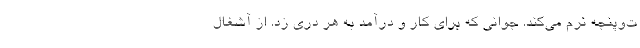
ت‌وپنجه نرم می‌کند. جوانی که برای کار و درآمد به هر دری زد. از آشغال